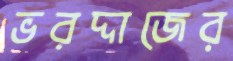
ভরদ্দাজের